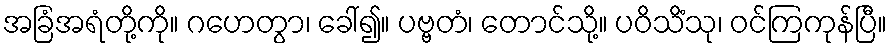
အခြံအရံတို့ကို။ ဂဟေတွာ၊ ခေါ်၍။ ပဗ္ဗတံ၊ တောင်သို့။ ပဝိသိံသု၊ ဝင်ကြကုန်ပြီ။